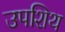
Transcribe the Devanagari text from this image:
उपशिथ